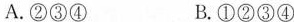
A. ②③④ B. ①②③④